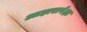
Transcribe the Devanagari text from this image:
आहारापेक्षा